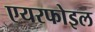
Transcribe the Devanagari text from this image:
एयरफोइल